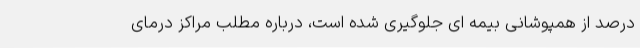
درصد از همپوشانی بیمه ای جلوگیری شده است، درباره مطلب مراکز درمای